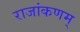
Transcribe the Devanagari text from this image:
राजांकणम्